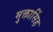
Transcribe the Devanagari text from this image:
मुक्तासिंह